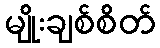
မျိုးချစ်စိတ်